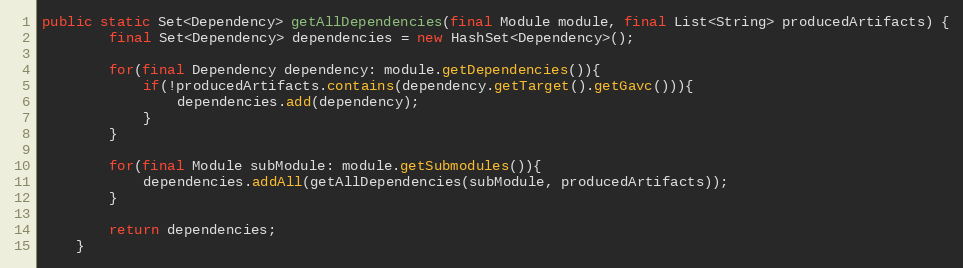
Language: Java
public static Set<Dependency> getAllDependencies(final Module module, final List<String> producedArtifacts) {
        final Set<Dependency> dependencies = new HashSet<Dependency>();

        for(final Dependency dependency: module.getDependencies()){
            if(!producedArtifacts.contains(dependency.getTarget().getGavc())){
                dependencies.add(dependency);
            }
        }

        for(final Module subModule: module.getSubmodules()){
            dependencies.addAll(getAllDependencies(subModule, producedArtifacts));
        }

        return dependencies;
    }